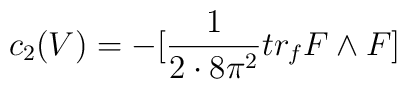
c_{2}(V)= -[\frac{1}{2 \cdot 8\pi^{2}} tr_{f} F \wedge F]